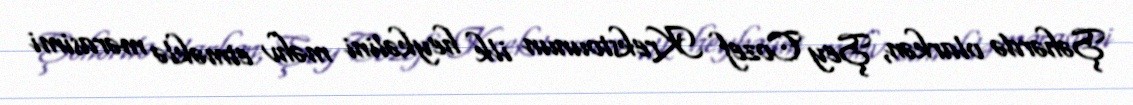
Şəhərdə olarkən, Şey Cozef Krekstounun ilk heykəlini məhv etməklə mərasimi